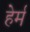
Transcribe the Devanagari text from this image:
हेर्म